Annual report on the Civil Veterinary Department, Burma (including the Insein Veterinary School) - 1923-1931
Year: 1923
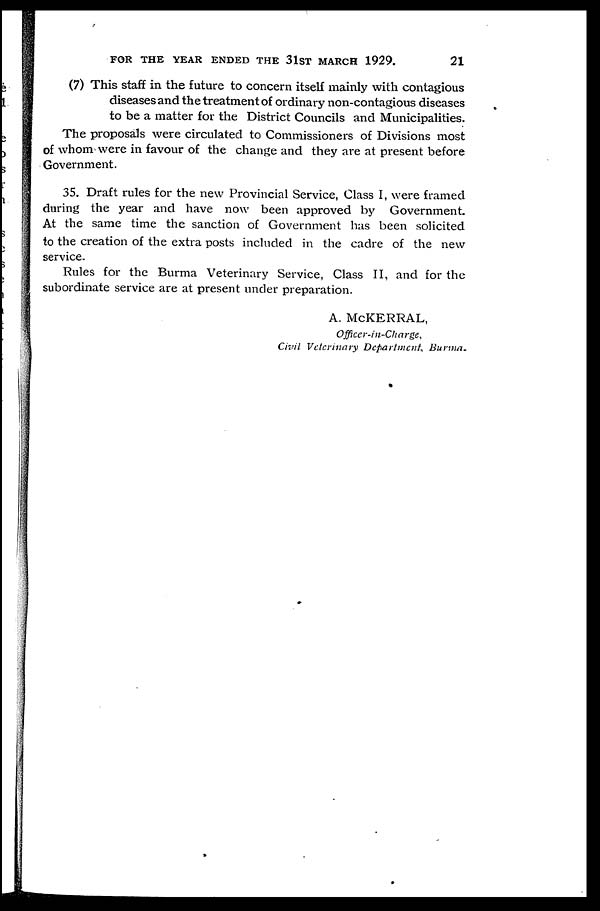
FOR THE YEAR ENDED THE 31 ST MARCH 1929.
21
(7) This staff in the future to concern itself mainly with contagious
diseases and the treatment of ordinary non-contagious diseases
to be a matter for the District Councils and Municipalities.
The proposals were circulated to Commissioners of Divisions most
of whom were in favour of the change and they are at present before
Government.
35. Draft rules for the new Provincial Service, Class I, were framed
during the year and have now been approved by Government.
At the same time the sanction of Government has been solicited
to the creation of the extra posts included in the cadre of the new
service.
Rules for the Burma Veterinary Service, Class II, and for the
subordinate service are at present under preparation.
A. McKERRAL,
Officer-in-Charge,
Civil Veterinary Department,
Burma.